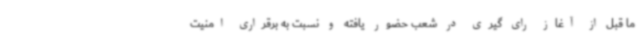
ما قبل از آغاز رای گیری در شعب حضور یافته و نسبت به برقراری امنیت